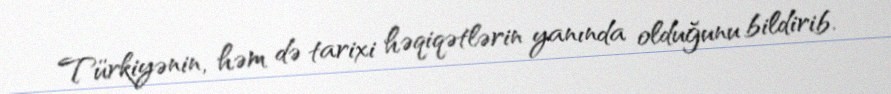
Türkiyənin, həm də tarixi həqiqətlərin yanında olduğunu bildirib.